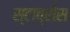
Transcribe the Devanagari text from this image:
स्टाव्रोस